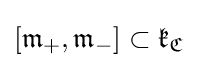
[{\mathfrak {m}}_{+},{\mathfrak {m}}_{-}]\subset {\mathfrak {k}}_{\mathfrak {C}}